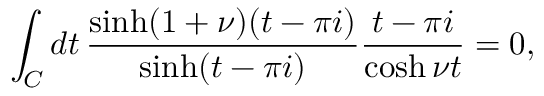
\int _ { C } d t \, \frac { \sinh ( 1 + \nu ) ( t - \pi i ) } { \sinh ( t - \pi i ) } \frac { t - \pi i } { \cosh \nu t } = 0 ,